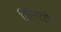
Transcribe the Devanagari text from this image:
लिंगतंत्र